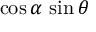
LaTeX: \cos \alpha \, \sin \theta